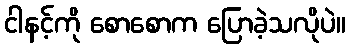
ငါနင့်ကို စောစောက ပြောခဲ့သလိုပဲ။